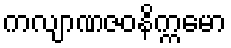
ကလျာဏဇဝနိက္ကမော